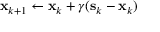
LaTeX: \mathbf { x } _ { k + 1 } \leftarrow \mathbf { x } _ { k } + \gamma ( \mathbf { s } _ { k } - \mathbf { x } _ { k } )